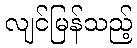
လျင်မြန်သည့်